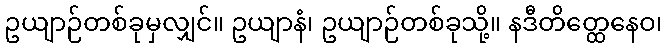
ဥယျာဉ်တစ်ခုမှလျှင်။ ဥယျာနံ၊ ဥယျာဉ်တစ်ခုသို့။ နဒီတိတ္ထေနေဝ၊